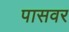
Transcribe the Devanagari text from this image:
पासवर